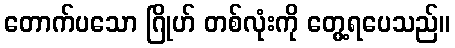
တောက်ပသော ဂြိုဟ် တစ်လုံးကို တွေ့ရပေသည်။